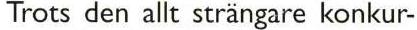
Trots den allt strängare konkur-